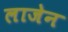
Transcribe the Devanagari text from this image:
लाजेन